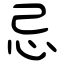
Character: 忌